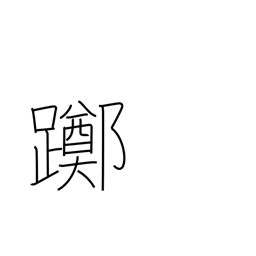
Meaning: loiter